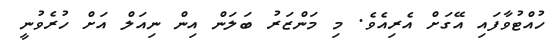
ހުއްޓުވާފައި އޭގަށް އެރިއެވެ. މި މަންޒަރު ބަލަން އިން ނިއަލް އަށް ހުރެވުނީ